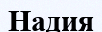
Надия